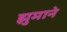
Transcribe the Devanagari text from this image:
झुमाने